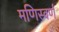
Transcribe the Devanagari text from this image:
मणिस्वर्ण